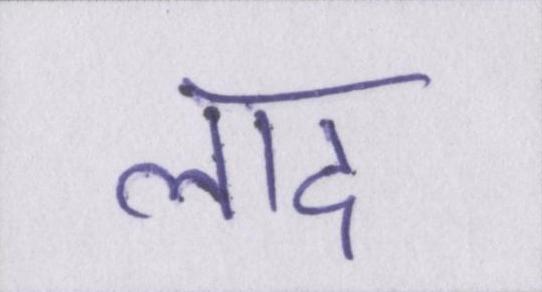
लाद